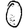
Digit: 0